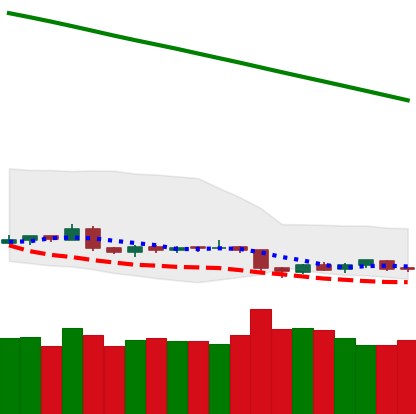
Ticker: BTC-USD
Chart end date: 2019-02-04
Forward return: 6.13%
Label: up_5_7